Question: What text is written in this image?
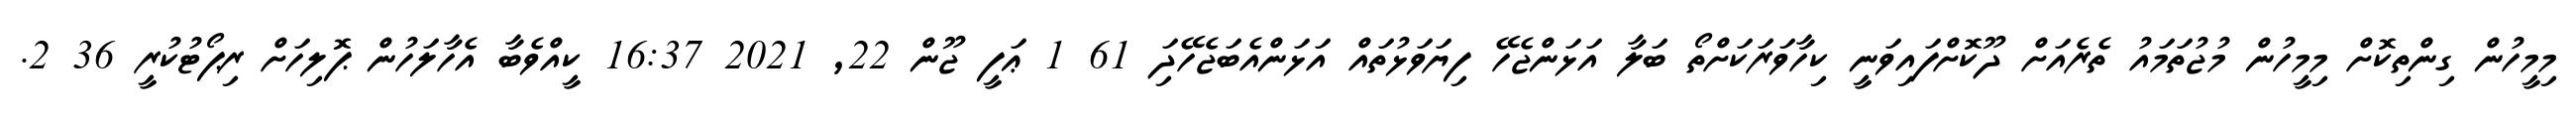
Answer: މިމީހުން ގިންތިކޮށް މިމީހުން މުޖުތަމައު ތެރެއަށް ދޫކޮށްފައިވަނީ ކިހާވަރަކަށްތޯ ބަލާ އަޅަންޖެހޭ ފިޔަވަޅުތައް އަޅަންއެބަޖެހޭދަި 61 1 ޢަފީ ޖޫން 22, 2021 16:37 ކީއްވެބާ އެހާލަހުން ޕޮލިހަށް ރިޕޯޓުކުރީ 36 2.